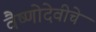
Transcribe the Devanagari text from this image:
वैष्णोदेवीचे